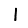
Digit: 1